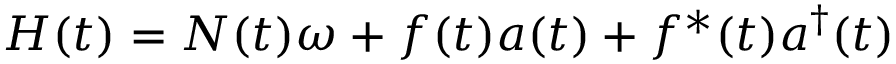
H ( t ) = N ( t ) \omega + f ( t ) a ( t ) + f ^ { * } ( t ) a ^ { \dagger } ( t )